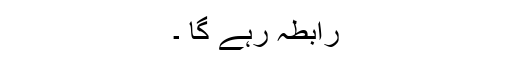
رابطہ رہے گا ۔